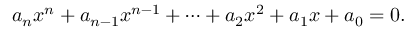
a _ { n } x ^ { n } + a _ { n - 1 } x ^ { n - 1 } + \dotsb + a _ { 2 } x ^ { 2 } + a _ { 1 } x + a _ { 0 } = 0 .